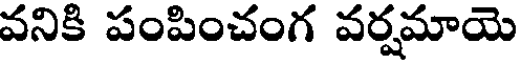
వనికి పంపించంగ వర్షమాయె